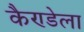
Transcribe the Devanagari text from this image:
कैण्डेला